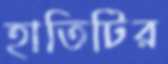
হাতিটির